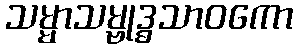
သမ္မာသမ္ဗုဒ္ဓသာဝကော